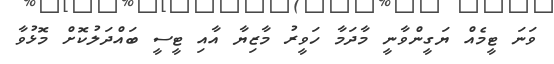
ވަނަ ޓީމެއް ޔަގީންވާނީ މާދަމާ ހަވީރު މާޒިޔާ އާއި ޓީސީ ބައްދަލުކޮށް މޮޅުވާ